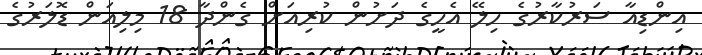
އިންޑިއާ ސަރުކާރުގެ ހިލޭ އެހީގެ ދަށުން ކުރިއަށް ގެންދާ 18 މިލިއަން ޑޮލަރުގެ